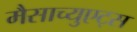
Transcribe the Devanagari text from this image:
मैसाच्युएट्स